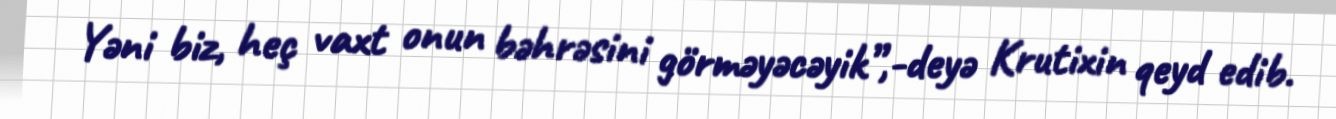
Yəni biz, heç vaxt onun bəhrəsini görməyəcəyik”,-deyə Krutixin qeyd edib.